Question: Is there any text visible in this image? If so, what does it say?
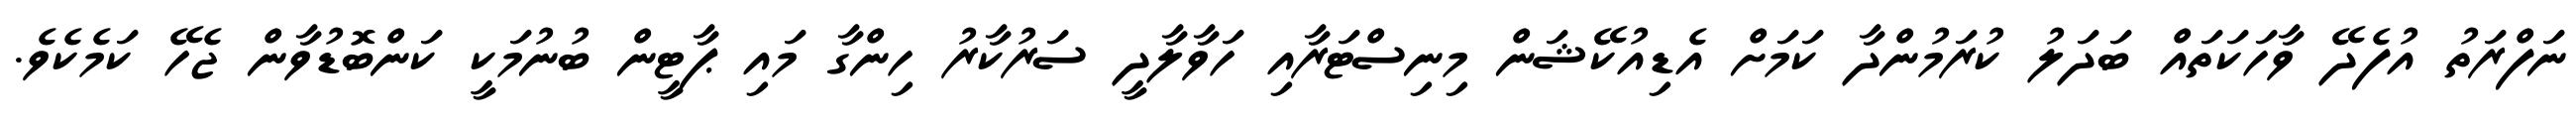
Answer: ނަފްރަތު އުފެދޭ ވާހަކަތައް ބަދަލު ކުރަމުންދާ ކަމަށް އެޑިއުކޭޝަން މިނިސްޓަރާއި ހަވާލާދީ ސަރުކާރު ހިންގާ މައި ޕާޓީން ބުނުމަކީ ކަންބޮޑުވާން ޖެހޭ ކަމެކެވެ.